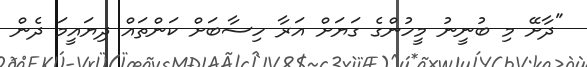
"ދާށޭ މި ބުނީނު މީހުންގެ ގަޔަށް އަރާ ހިސާބަށް ކަންތައް ދިޔައީމަ ދެން